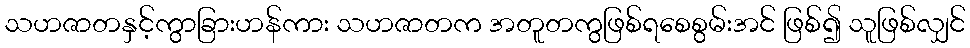
သဟဇာတနှင့်ကွာခြားဟန်ကား သဟဇာတက အတူတကွဖြစ်ရစေစွမ်းအင် ဖြစ်၍ သူဖြစ်လျှင်